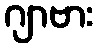
ဂျာဗား